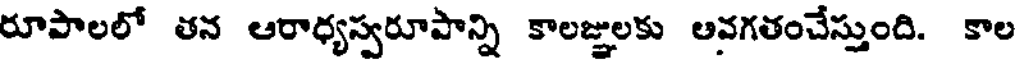
రూపాలలో తన ఆరాధ్యస్వరూపాన్ని కాలజ్ఞులకు ఆవగతంచేస్తుంది. కాల